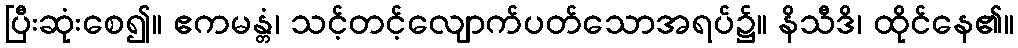
ပြီးဆုံးစေ၍။ ဧကမန္တံ၊ သင့်တင့်လျောက်ပတ်သောအရပ်၌။ နိသီဒိ၊ ထိုင်နေ၏။